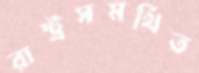
রাষ্ট্রসমর্থিত